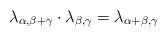
LaTeX: \begin{align*}\lambda_{\alpha,\beta+\gamma}\cdot\lambda_{\beta,\gamma}=\lambda_{\alpha+\beta,\gamma}\end{align*}